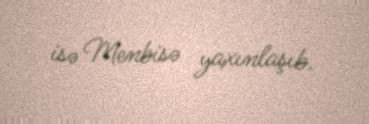
isə Menbisə yaxınlaşıb.